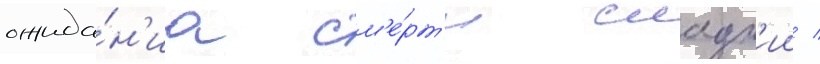
ожида́н'иа см'е́рт'и сладк'ии /